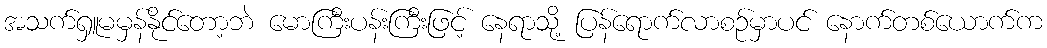
အသက်ရှူမမှန်နိုင်တော့ဘဲ မောကြီးပန်းကြီးဖြင့် နေရာသို့ ပြန်ရောက်လာစဉ်မှာပင် နောက်တစ်ယောက်က